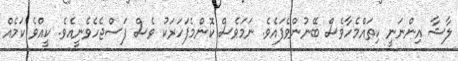
ލާޝާ އިންނަނީ ކިތައްމެހާވެސް ބޭނުންވެފައެވެ. ނަމަވެސް ކޮންމެފަހަރަކު ވެސް ފަސްޖެހެވެނީއެވެ. ކީއްވެ ކަމެއް